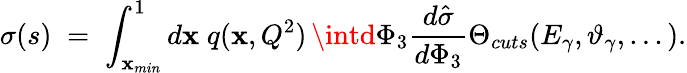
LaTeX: \sigma(s)\; =\; \int_{\mathbf{x}_{min}}^{1}d\mathbf{x}\; q(\mathbf{x},Q^{2})\, \intd\Phi_{3}\frac{{d\hat{{\sigma}}}}{{d\Phi_{3}}}\Theta_{cuts}(E_{\gamma},\vartheta_{\gamma},...).